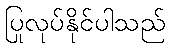
ပြုလုပ်နိုင်ပါသည်